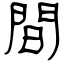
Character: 間